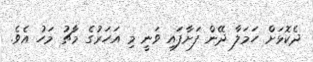
ދެކޮޅަށް ހަމަލާ ދޭން ފަށާފައި ވަނީ މި އަހަރުގެ މާޗު މަހު އެވެ.